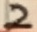
Text: 2